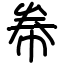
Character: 帣